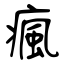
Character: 瘋